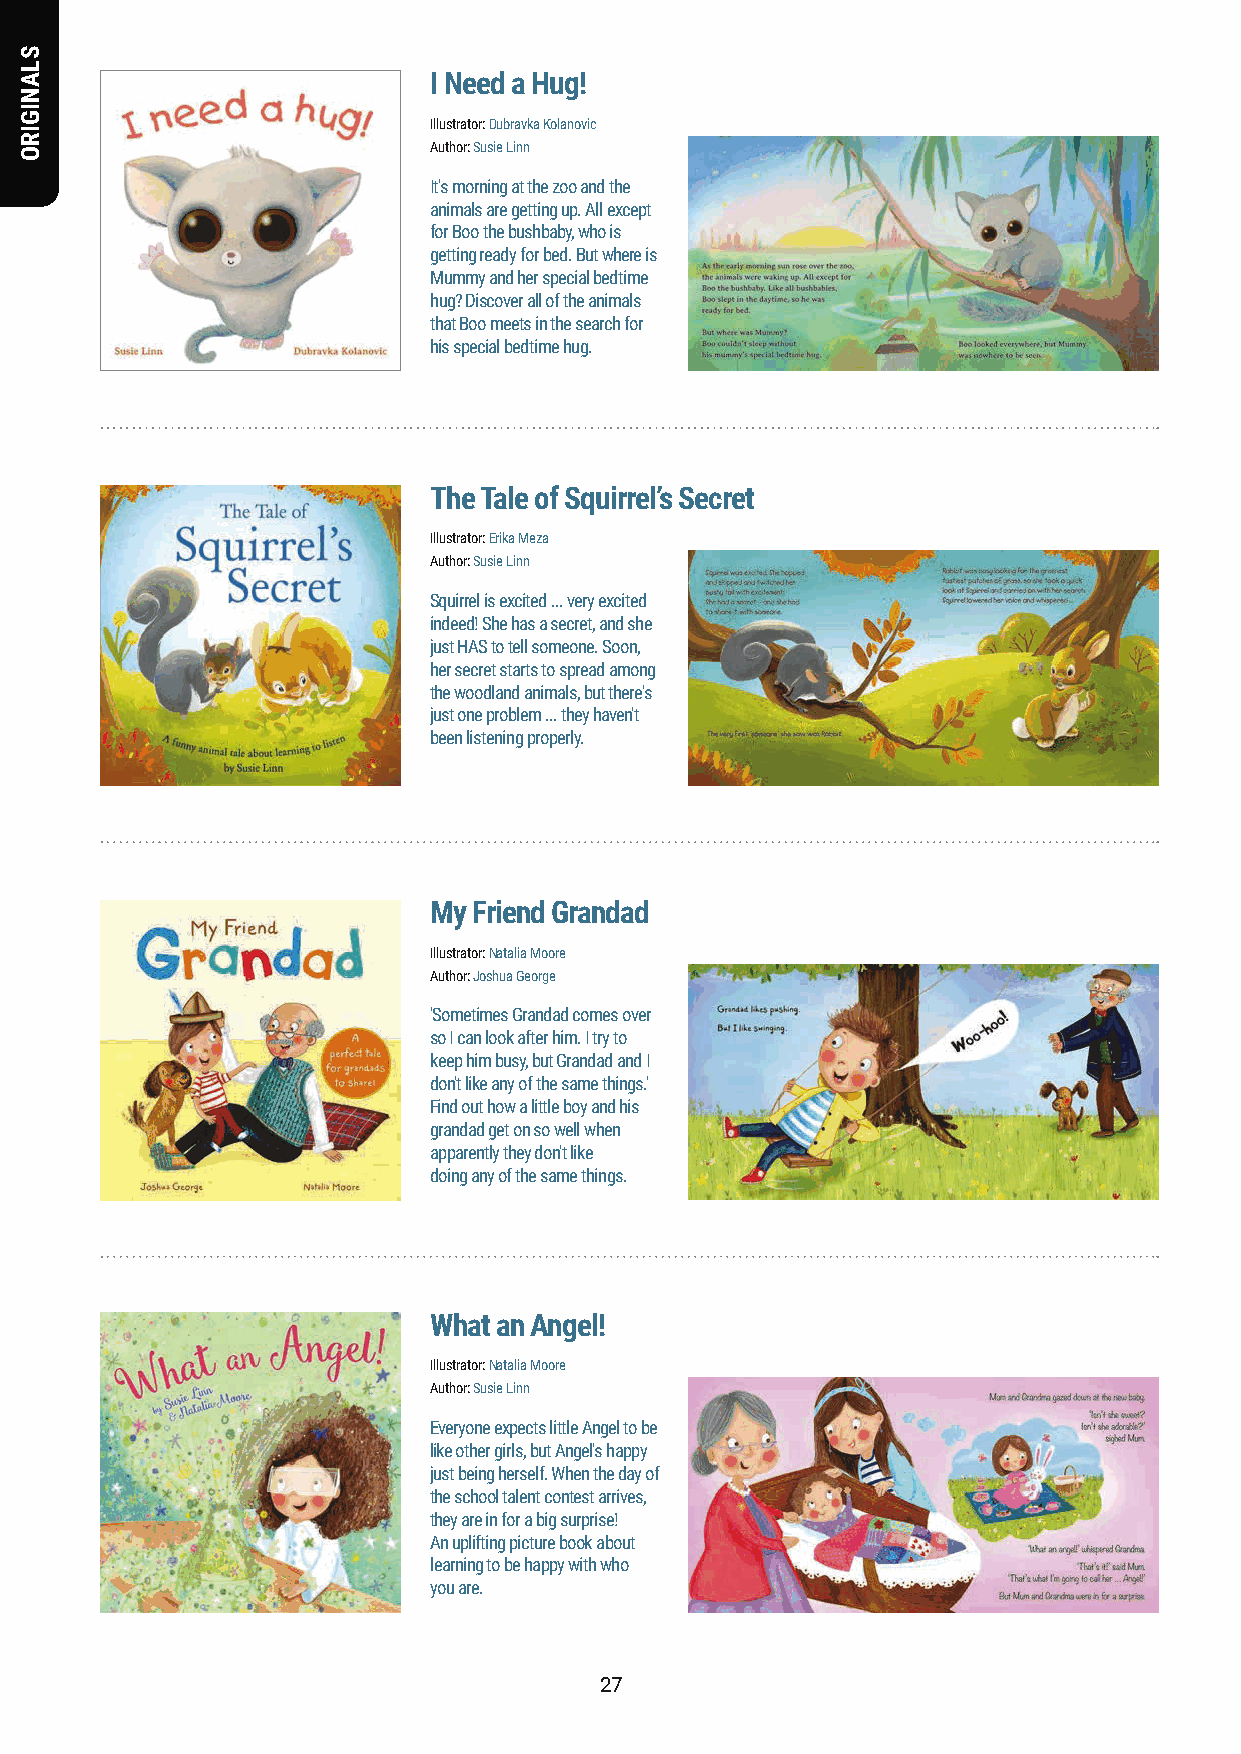
I Need a Hug!
 Illustrator: Dubravka Kolanovic
 Author: Susie Linn
 It's morning at the zoo and the
 animals are getting up. All except
 for Boo the bushbaby, who is
 getting ready for bed. But where is
 Mummy and her special bedtime
 hug? Discover all of the animals
 that Boo meets in the search for
 his special bedtime hug.
 The Tale of Squirrel’s Secret
 Illustrator: Erika Meza
 Author: Susie Linn
 Squirrel is excited ... very excited
 indeed! She has a secret, and she
 just HAS to tell someone. Soon,
 her secret starts to spread among
 the woodland animals, but there's
 just one problem ... they haven't
 been listening properly.
 My Friend Grandad
 Illustrator: Natalia Moore
 Author: Joshua George
 'Sometimes Grandad comes over
 so I can look after him. I try to
 keep him busy, but Grandad and I
 don't like any of the same things.'
 Find out how a little boy and his
 grandad get on so well when
 apparently they don't like
 doing any of the same things.
 What an Angel!
 Illustrator: Natalia Moore
 Author: Susie Linn
 Everyone expects little Angel to be
 like other girls, but Angel's happy
 just being herself. When the day of
 the school talent contest arrives,
 they are in for a big surprise!
 An uplifting picture book about
 learning to be happy with who
 you are.
 2277
 SLANIGIRO